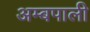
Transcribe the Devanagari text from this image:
अम्बपाली